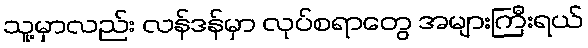
သူ့မှာလည်း လန်ဒန်မှာ လုပ်စရာတွေ အများကြီးရယ်